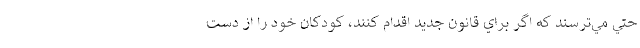
حتي مي‌ترسند كه اگر براي قانون جديد اقدام كنند، كودكان خود را از دست